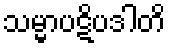
သမ္မာပဋိပဒါတိ